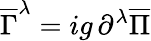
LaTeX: \overline{{{\Gamma}}}^{\lambda}=ig\, \partial^{\lambda}\overline{{{\Pi}}}